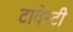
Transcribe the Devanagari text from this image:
टावेस्टी